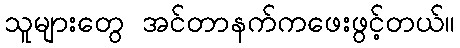
သူများတွေ အင်တာနက်ကဖေးဖွင့်တယ်။